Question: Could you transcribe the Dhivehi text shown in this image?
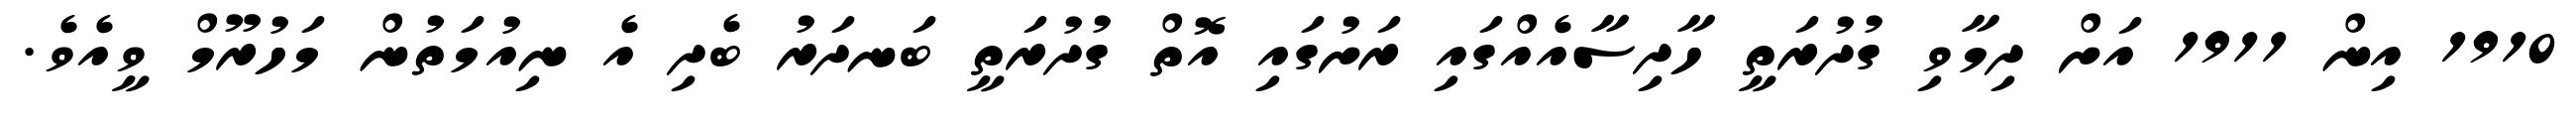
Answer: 1910 އިން 1911 އަށް ދިމާވި ގުދުރަތީ ހާދިސާއެއްގައި ރަށުގައި އޮތް ގުދުރަތީ ބަނދަރު ބެދި އެ ނިއުމަތުން މަހުރޫމް ވީއެވެ.